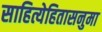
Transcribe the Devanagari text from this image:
साहित्येहितासनुमा